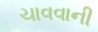
ચાવવાની